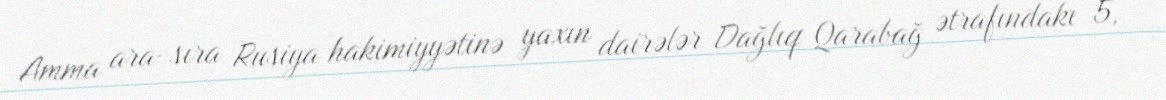
Amma ara-sıra Rusiya hakimiyyətinə yaxın dairələr Dağlıq Qarabağ ətrafındakı 5,